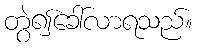
တွဲ၍ခေါ်လာရသည်။